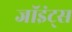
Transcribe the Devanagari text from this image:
जॉइंट्स